Annual returns of the Patna Lunatic Asylum at Bankipore in Bihar and Orissa - 1912-1924
Year: 1912
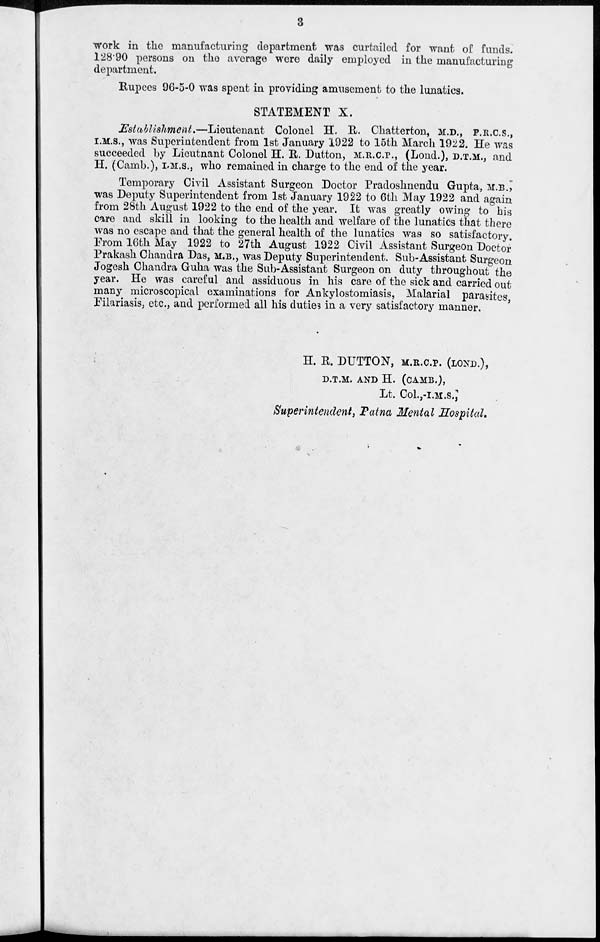
3
work in the manufacturing department was curtailed for want of funds.
128.90 persons on the average were daily employed in the manufacturing
department.
Rupees 96-5-0 was spent in providing amusement to the lunatics.
STATEMENT X.
Establishment.—Lieutenant
Colonel H. R. Chatterton, M.D., F.R.C.S.,
I.M.S., was Superintendent from 1st January 1922 to 15th March 1922. He was
succeeded by Lieutnant Colonel H. R. Dutton, M.R.C.P., (Lond.), D.T.M., and
H. (Camb.), I.M.S., who remained in charge to the end of the year.
Temporary Civil Assistant Surgeon Doctor Pradoshnendu Gupta, M.B.,
was Deputy Superintendent from 1st January 1922 to 6th May 1922 and again
from 28th August 1922 to the end of the year. It was greatly owing to his
care and skill in looking to the health and welfare of the lunatics that there
was no escape and that the general health of the lunatics was so satisfactory.
From 16th May 1922 to 27th August 1922 Civil Assistant Surgeon Doctor
Prakash Chandra Das, M.B., was Deputy Superintendent. Sub-Assistant Surgeon
Jogesh Chandra Guha was the Sub-Assistant Surgeon on duty throughout the
year. He was careful and assiduous in his care of the sick and carried out
many microscopical examinations for Ankylostomiasis, Malarial parasites,
Filariasis, etc., and performed all his duties in a very satisfactory manner.
H. R. DUTTON, M.R.C.P. (LOND.),
D.T.M. AND H. (CAMB.),
Lt. Col.,-I.M.S.,
Superintendent, Patna Mental Hospital.